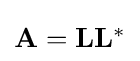
{\textstyle \mathbf {A} =\mathbf {L} \mathbf {L} ^{*}}